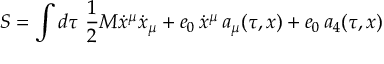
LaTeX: G ( m ) \ = \ { \frac { m ^ { 4 } } { 2 } } \biggl ( \ln { \frac { m ^ { 2 } } { Q ^ { 2 } } } - { \frac { 3 } { 2 } } \biggr ) \ .